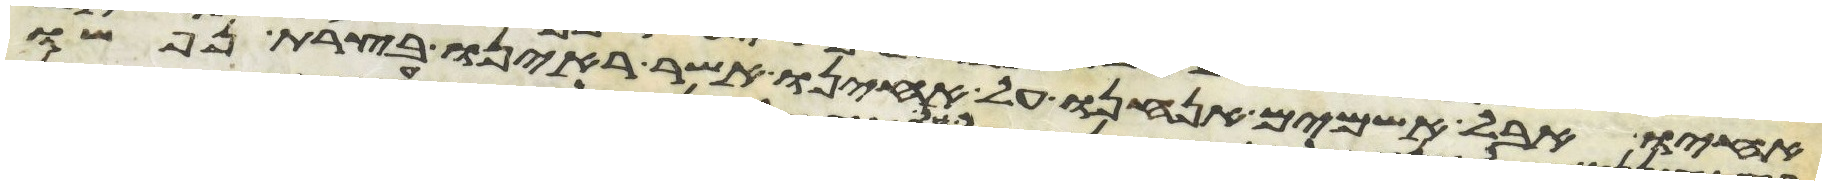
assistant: אחיו אבל אשמים אנחנו על אחינו אשר ראינו בצרת נפשו